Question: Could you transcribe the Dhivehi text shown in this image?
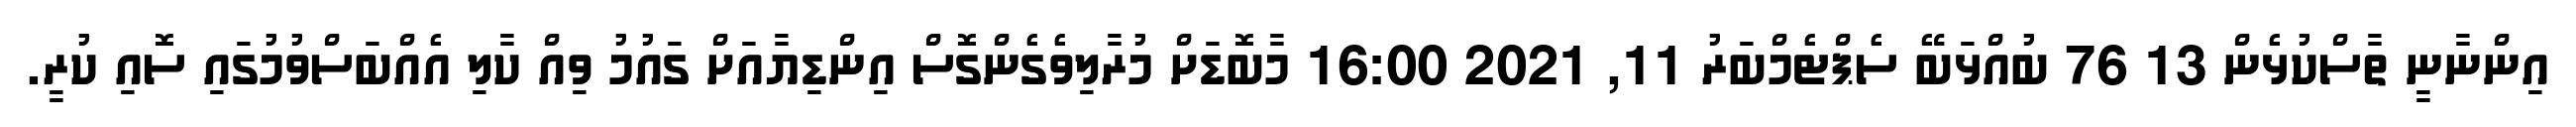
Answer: އިންނާނީ ތާސްކުޅެން 13 76 ބުއްޅަބޭ ސެޕްޓެމްބަރު 11, 2021 16:00 މާބޮޑަށް މުރާލިވެގެންގޮސް އިންޑިޔާއަށް ގައުމު ވިއް ކާލި އެއްބަސްވުމުގައި ސޮއި ކުރީ.